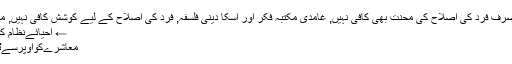
////, ریحان احمد یوسفی, صرف فرد کی اصلاح کی محنت بھی کافی نہیں, غامدی مکتبہ فکر اور اسکا دینی فلسفہ, فرد کی اصلاح کے لیے کوشش کافی نہیں, متجددین کی فکری چلاکیاں
← احیائےنظام کی جدوجہدکرنےکی اہمیت
معاشرےکواوپرسےٹھیک کرناتھایانیچےسے؟